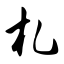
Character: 札